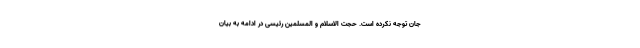
جان توجه نکرده است. حجت الاسلام و المسلمین رئیسی در ادامه به بیان